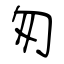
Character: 匆